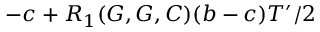
- c + R _ { 1 } ( G , G , C ) ( b - c ) T ^ { \prime } / 2